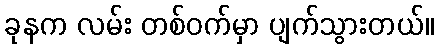
ခုနက လမ်း တစ်ဝက်မှာ ပျက်သွားတယ်။